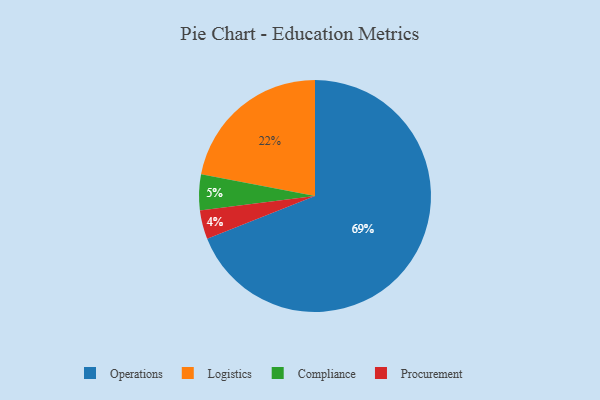
{"axis": {"x": "Category", "y": "Percentage"}, "legend": ["Compliance", "Logistics", "Operations", "Procurement"], "data": [{"x": "Compliance", "y": 5, "type": "Compliance"}, {"x": "Procurement", "y": 4, "type": "Procurement"}, {"x": "Operations", "y": 69, "type": "Operations"}, {"x": "Logistics", "y": 22, "type": "Logistics"}]}